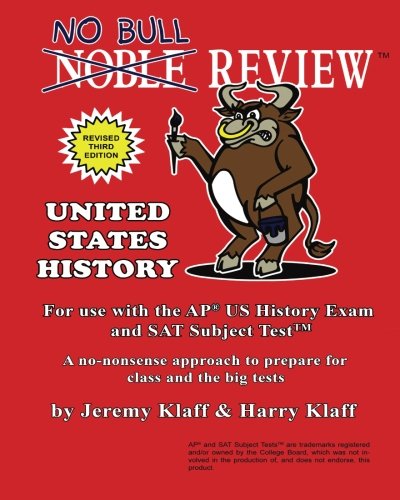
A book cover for No Bull Review - For Use with the AP US History Exam and SAT Subject Test; Jeremy Klaff; Test Preparation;